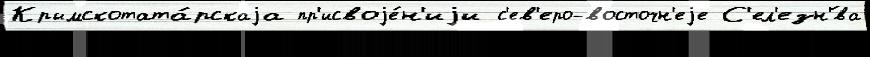
Крымскотата́рскаjа пр'исвоjе́н'иjи с'ев'еро-восточн'еjе С'ел'езн'́ва